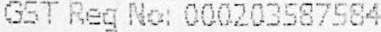
GST REG NO: 000203587584